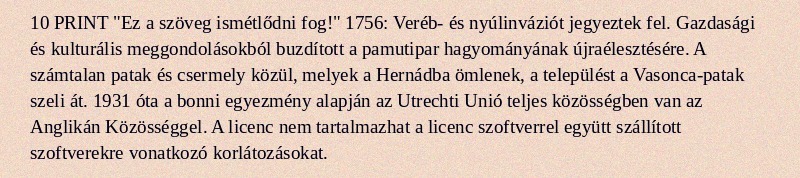
10 PRINT "Ez a szöveg ismétlődni fog!" 1756: Veréb- és nyúlinváziót jegyeztek fel. Gazdasági és kulturális meggondolásokból buzdított a pamutipar hagyományának újraélesztésére. A számtalan patak és csermely közül, melyek a Hernádba ömlenek, a települést a Vasonca-patak szeli át. 1931 óta a bonni egyezmény alapján az Utrechti Unió teljes közösségben van az Anglikán Közösséggel. A licenc nem tartalmazhat a licenc szoftverrel együtt szállított szoftverekre vonatkozó korlátozásokat.